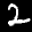
Digit: 2